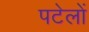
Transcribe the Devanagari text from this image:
पटेलों